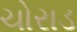
ચોરાડ